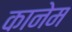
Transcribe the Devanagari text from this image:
कानेम